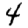
Digit: 4